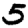
Digit: 5